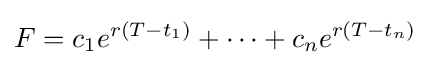
F=c_{1}e^{r(T-t_{1})}+\cdots +c_{n}e^{r(T-t_{n})}